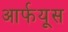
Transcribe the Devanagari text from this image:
आर्फयूस